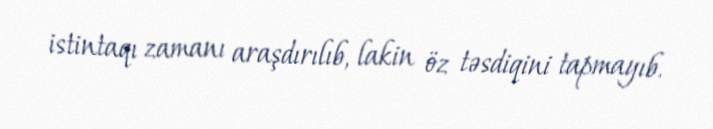
istintaqı zamanı araşdırılıb, lakin öz təsdiqini tapmayıb.